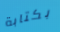
بكتابة